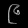
Digit: ၉